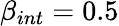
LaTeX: \beta_{int}=0.5